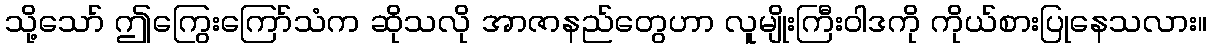
သို့သော် ဤကြွေးကြော်သံက ဆိုသလို အာဇာနည်တွေဟာ လူမျိုးကြီးဝါဒကို ကိုယ်စားပြုနေသလား။